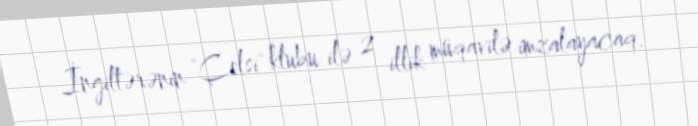
İngiltərənin "Çelsi" klubu ilə 2 illik müqavilə imzalayacaq.